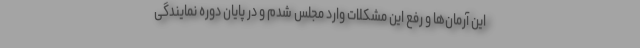
این آرمان‌ها و رفع این مشکلات وارد مجلس شدم و در پایان دوره نمایندگی